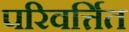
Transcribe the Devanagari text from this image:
परिवर्त्तित